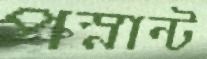
পস্নান্ট